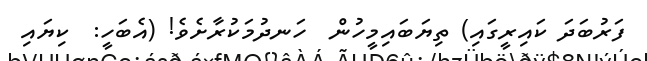
ފަރުބަދަ ކައިރީގައި) ތިޔަބައިމީހުން  ހަނދުމަކުރާށެވެ! (އެބަހީ:  ކިޔައި